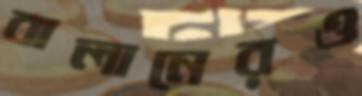
বালানেরও